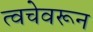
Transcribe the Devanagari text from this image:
त्वचेवरून